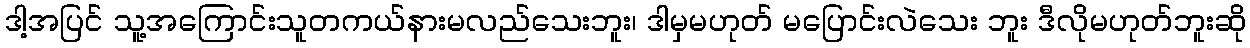
ဒါ့အပြင် သူ့အကြောင်းသူတကယ်နားမလည်သေးဘူး၊ ဒါမှမဟုတ် မပြောင်းလဲသေး ဘူး ဒီလိုမဟုတ်ဘူးဆို